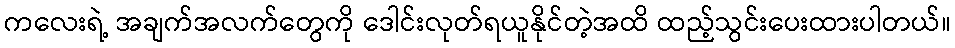
ကလေးရဲ့ အချက်အလက်တွေကို ဒေါင်းလုတ်ရယူနိုင်တဲ့အထိ ထည့်သွင်းပေးထားပါတယ်။